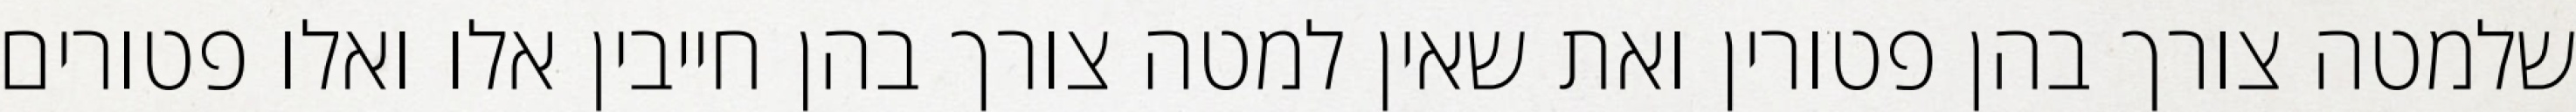
שלמטה צורך בהן פטורין ואת שאין למטה צורך בהן חייבין אלו ואלו פטורים